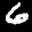
Label: 6